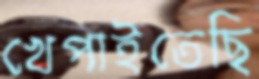
খেপাইতেছি